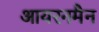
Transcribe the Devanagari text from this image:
आयरनमैन